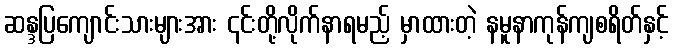
ဆန္ဒပြကျောင်းသားများအား ၎င်းတို့လိုက်နာရမည့် မှာထားတဲ့ နမူနာကုန်ကျစရိတ်နှင့်